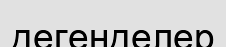
дегенделер